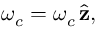
\boldsymbol { \omega } _ { c } = { \omega } _ { c } \, \hat { \mathbf { z } } ,